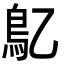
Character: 鳦